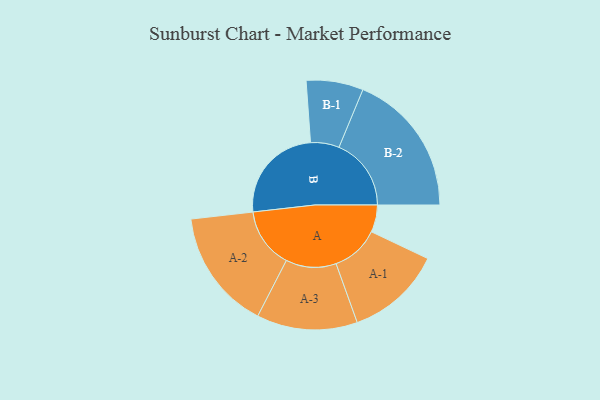
{"axis": {"x": "Segment", "y": "Value"}, "legend": ["", "A", "B"], "data": [{"x": "A", "y": 102, "type": ""}, {"x": "B", "y": 371, "type": ""}, {"x": "A-1", "y": 180, "type": "A"}, {"x": "A-2", "y": 226, "type": "A"}, {"x": "A-3", "y": 189, "type": "A"}, {"x": "B-1", "y": 107, "type": "B"}, {"x": "B-2", "y": 271, "type": "B"}]}